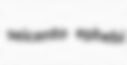
seicento ephebi